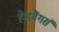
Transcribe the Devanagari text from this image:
हेडबैंगर्स